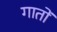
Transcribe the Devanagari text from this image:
गातों